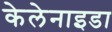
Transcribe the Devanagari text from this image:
केलेनाइडा